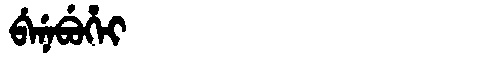
Manchu: ᠪᡝᠨᡝᠪᡠᡥᡝᡳ
Romanization: BENEBUHEI